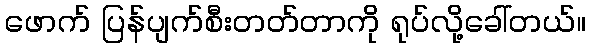
ဖောက် ပြန်ပျက်စီးတတ်တာကို ရုပ်လို့ခေါ်တယ်။